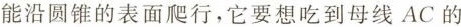
能沿圆锥的表面爬行，它要想吃到母线AC的